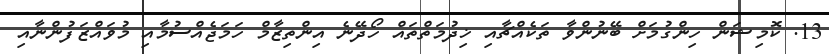
13. ކޮމިޝަން ހިންގުމަށް ބޭނުންވާ ތަކެއްޗާއި ޚިދުމަތްތައް ހޯދޭނެ އިންތިޒާމް ހަމަޖެއްސުމާއި މުވައްޒަފުންނާއި